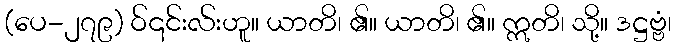
(ပေ-၂၇၉) ဝ်၎င်းလ်းဟူ။ ယာတိ၊ ၏။ ယာတိ၊ ၏။ ဣတိ၊ သို့။ ဒဋ္ဌဗ္ဗံ၊